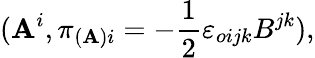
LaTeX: (\mathbf{A}^{i},\pi_{(\mathbf{A})i}=-\frac{{1}}{{2}}{\varepsilon}_{oijk}B^{jk}),